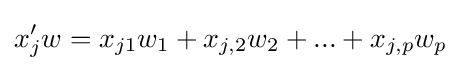
x_{j}'w=x_{j1}w_{1}+x_{j,2}w_{2}+...+x_{j,p}w_{p}